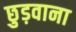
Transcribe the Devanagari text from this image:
छुड़वाना